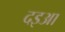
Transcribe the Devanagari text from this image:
दइआ